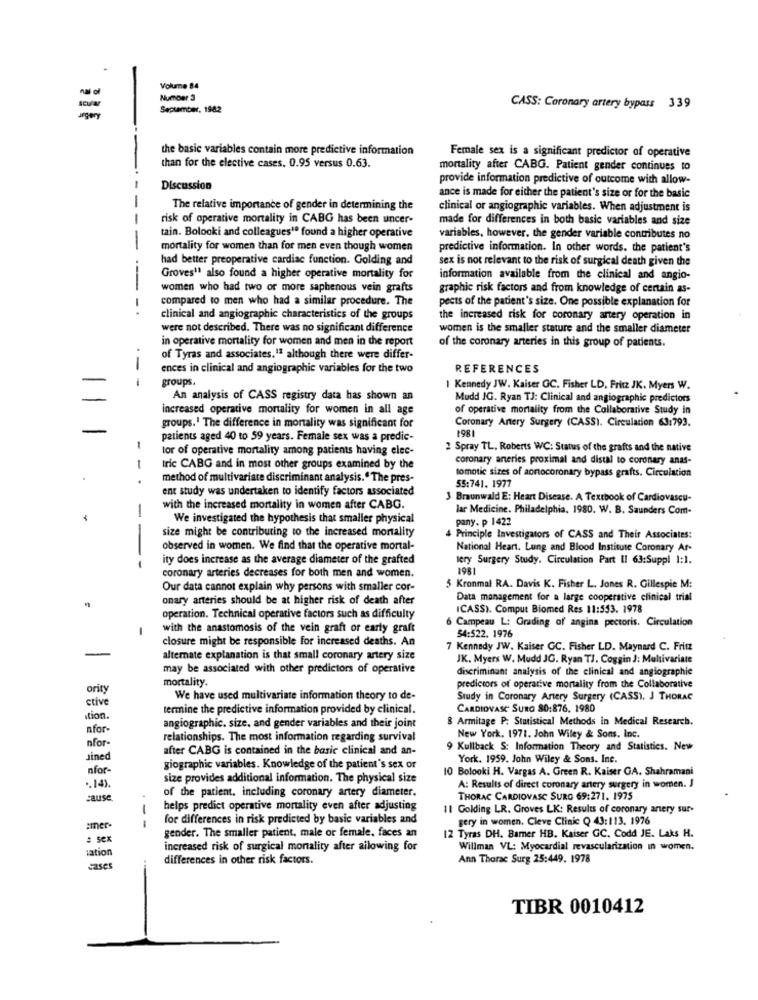
Volume 84
Number 3
September, 1982
CASS: Coronary artery bypass 339
the basic variables contain more predictive information
Female sex is a significant predictor of operative
than for the elective cases. 0.95 versus 0.63.
mortality after CABG. Patient gender continues to
provide information predictive of outcome with allow-
-
Discussion
-
ance is made for either the patient's size or for the basic
The relative importance of gender in determining the
clinical or angiographic variables. When adjustment is
-
risk of operative mortality in CABG has been uncer-
made for differences in both basic variables and size
-
tain. Bolooki and colleagues'e found a higher operative
variables, however, the gender variable contributes no
mortality for women than for men even though women
predictive information. In other words. the patient's
had better preoperative cardiac function. Golding and
sex is not relevant to the risk of surgical death given the
Groves11 also found a higher operative mortality for
information available from the clinical and angio-
-
women who had two or more saphenous vein grafts
graphic risk factors and from knowledge of certain as-
compared to men who had a similar procedure. The
pects of the patient's size. One possible explanation for
-.
clinical and angiographic characteristics of the groups
the increased risk for coronary artery operation in
were not described. There was no significant difference
women is the smaller stature and the smaller diameter
in operative mortality for women and men in the report
of the coronary arteries in this group of patients.
of Tyras and associates.1ª although there were differ-
ences in clinical and angiographie variables for the two
REFERENCES
groups.
Kennedy JW. Kaiser GC. Fisher LD, Fritz JK. Myers W.
An analysis of CASS registry data has shown an
Mudd JG. Ryan TJ: Clinical and angiographic predictors
increased operative mortality for women in all age
of operative mortality from the Collaborative Study in
Coronary Artery Surgery (CASS). Circulation 63:793.
groups.' The difference in mortality was significant for
patients aged 40 to 59 years. Female sex was a predic-
1981
tor of operative mortality among patients having elec-
2 Spray TL, Roberts WC: Status of the grafts and the native
coronary aneries proximal and distal to coronary anas-
tric CABG and in most other groups examined by the
tomotic sizes of aonocoronary bypass grafts. Circulation
- .
method of multivariate discriminant analysis." The pres-
55:741. 1977
ent study was undertaken to identify factors associated
3 Braunwald E: Heart Disease. A Textbook of Cardiovascu-
with the increased mortality in women after CABG.
lar Medicine. Philadelphia, 1980. W. B. Saunders Com-
We investigated the hypothesis that smaller physical
pany. p 1422
size might be contributing to the increased mortality
4 Principle Investigators of CASS and Their Associates:
observed in women. We find that the operative mortal-
National Heart. Lung and Blood Institute Coronary Ar-
ity does increase as the average diameter of the grafted
very Surgery Study. Circulation Part II 63:Suppl 1:1.
---
coronary arteries decreases for both men and women.
1981
Our data cannot explain why persons with smaller cor-
5 Kronmal RA. Davis K. Fisher L. Jones R. Gillespie M:
onary arteries should be at higher risk of death after
Data management for a large cooperative clinical trial
ICASS). Comput Biomed Res 11:553. 1978
operation. Technical operative factors such as difficulty
Campeau L: Grading of angina pectoris. Circulation
with the anastomosis of the vein graft or early graft
closure might be responsible for increased deaths. An
54:522. 1976
7 Kennedy JW. Kaiser GC. Fisher LD. Maynard C. Fritz
alternate explanation is that small coronary artery size
JK. Myers W. Mudd JG. Ryan TJ. Coggin J: Multivariate
may be associated with other predictors of operative
discriminant analysis of the clinical and angiographie
mortality.
ority
predictors of operative mortality from the Collaborative
ctive
We have used multivariate information theory to de-
Study in Coronary Artery Surgery (CASS). J THORAC
termine the predictive information provided by clinical.
CARDIOVASC SURG 80:876. 1980
tion
8 Armitage P. Statistical Methods in Medical Research.
nfor-
angiographic. size, and gender variables and their joint
nfor
relationships. The most information regarding survival
New York. 1971. John Wiley & Sons. Inc.
after CABG is contained in the basic clinical and an-
9 Kullback S: Information Theory and Statistics. New
Jined
York. 1959. John Wiley & Sons. Inc.
nfor-
giographic variables. Knowledge of the patient's sex or
10 Bolooki H. Vargas A. Green R. Kaiser GA. Shahramani
size provides additional information. The physical size
.. 14)
of the patient, including coronary artery diameter.
A: Results of direct coronary artery surgery in women. J
cause
THORAC CARDIOVASC SURO 69:271. 1975
helps predict operative mortality even after adjusting
11 Golding LR. Groves LK: Results of coronary artery sur-
---
for differences in risk predicted by basic variables and
gery in women. Cleve Clinic Q 43:113. 1976
amer-
: Sex
gender. The smaller patient, male or female, faces an
12 Tyras DH. Barer HB. Kaiser GC. Codd JE. Laks H.
iation
increased risk of surgical mortality after allowing for
Willman VL: Myocardial revascularization in women.
differences in other risk factors.
Ann Thorac Surg 25:449. 1978
cases
TIBR 0010412
-1